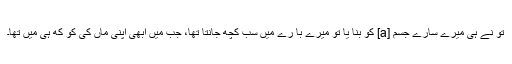
تُو نے ہی میرے سارے جسم [a] کو بنا یا تُو میرے با رے میں سب کُچھ جانتا تھا، جب میں ابھی اپنی ماں کی کو کھ ہی میں تھا۔